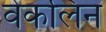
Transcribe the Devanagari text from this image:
वेकलिन